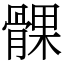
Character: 髁